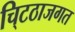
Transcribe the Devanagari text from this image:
चि्टठाजगत